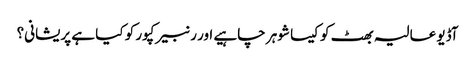
آڈیو عالیہ بھٹ کو کیسا شوہر چاہیے اور رنبیر کپور کو کیا ہے پریشانی؟